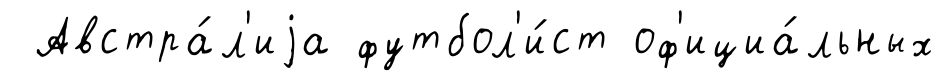
Австра́л'иjа футбол'и́ст оф'ициа́льных